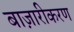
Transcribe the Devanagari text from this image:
बाज़ारीकरण